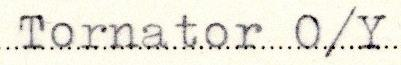
Tornator O/Y